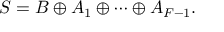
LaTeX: S = B \oplus A _ { 1 } \oplus \cdots \oplus A _ { F - 1 } .